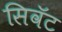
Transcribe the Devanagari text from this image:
सिवॅट